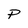
Character: P